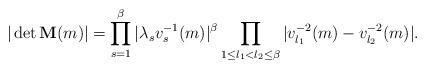
LaTeX: \begin{align*}|\det {\bf M}(m)|=\prod_{s=1}^\beta|\lambda_sv_s^{-1}(m)|^\beta \prod_{1\leq l_1<l_2\leq \beta}|v_{l_1}^{-2}(m)-v_{l_2}^{-2}(m)|.\end{align*}